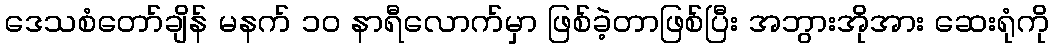
ဒေသစံတော်ချိန် မနက် ၁၀ နာရီလောက်မှာ ဖြစ်ခဲ့တာဖြစ်ပြီး အဘွားအိုအား ဆေးရုံကို